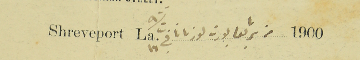
Shreveport La.                        1900 من شريفابورت لوزيانا فى ١٦ ت٢ /١٩٠٠